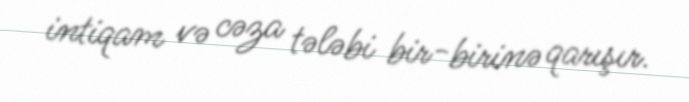
intiqam və cəza tələbi bir-birinə qarışır.